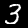
Digit: 3